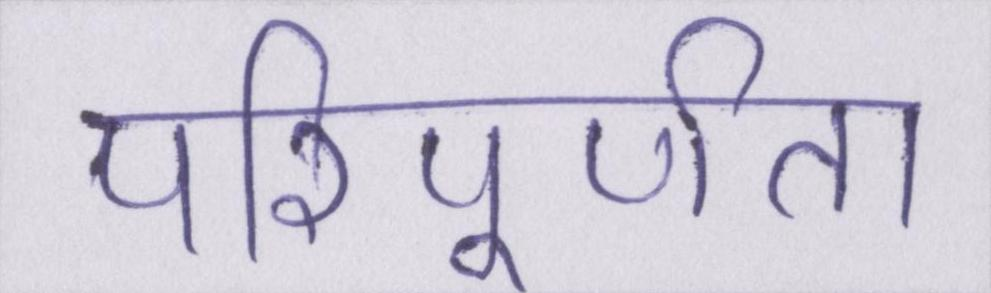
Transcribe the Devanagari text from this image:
परिपूर्णता